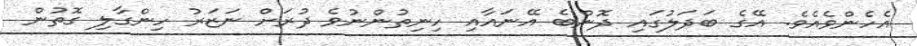
އެހެންވެއެވެ. އޭގެ ބަދަލުގައި ދޮންބެ އޭނައާއި ހިނިތުންނުވެ ދުރަށް ނަޒަރު ހިންގާލި ގޮތުން